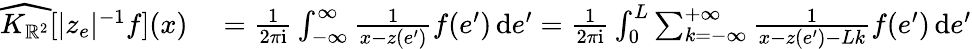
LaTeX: \begin{array}{rl}{\widehat{K_{\mathbb{R}^{2}}}[|z_{e}|^{-1}f](x)}&{{}=\frac 1{2\pi\mathrm{i}}\int_{-\infty}^{\infty}\frac{1}{x-z(e^{\prime})}f(e^{\prime})\, \mathrm{d}e^{\prime}=\frac 1{2\pi\mathrm{i}}\int_{0}^{L}\sum_{k=-\infty}^{+\infty}\frac{1}{x-z(e^{\prime})-Lk}f(e^{\prime})\, \mathrm{d}e^{\prime}}\end{array}